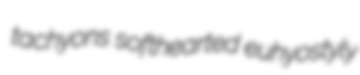
tachyons softhearted euhyostyly